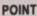
POINT